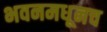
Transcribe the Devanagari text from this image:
भवनमधूनच